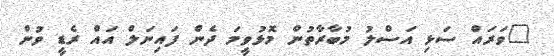
"ވަރައް ސަޅި އަސްލު މުބާރާތުން މޮޅުވީމަ ދެން ފައިނަލް އައް ރެޑީ ވުން